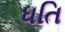
ધતિ